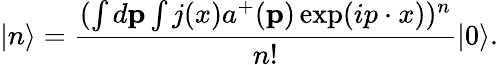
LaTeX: |n\rangle=\frac{(\int d{\mathbf p}\int j(x)a^{+}({\mathbf p})\exp(ip\cdot x))^{n}}{n!}|0\rangle.